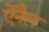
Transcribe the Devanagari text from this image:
ऐनैल